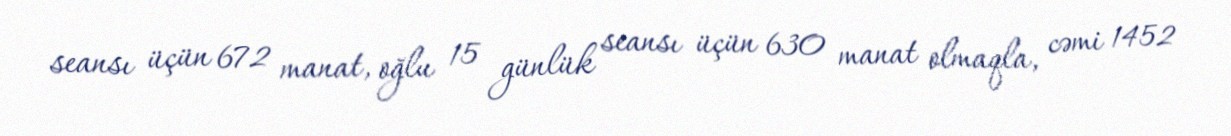
seansı üçün 672 manat, oğlu 15 günlük seansı üçün 630 manat olmaqla, cəmi 1452